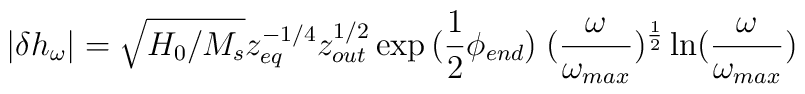
|\delta {h_{\omega}}| = \sqrt{H_0 / M_s} z_{eq}^{-1/4} z_{out}^{1/2}\exp{(\frac{1}{2} \phi_{end})}\;({\omega\over \omega_{max}})^{\frac{1}{2}} \ln ({\omega \over\omega_{max}})